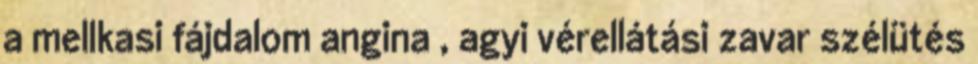
a mellkasi fájdalom angina , agyi vérellátási zavar szélütés